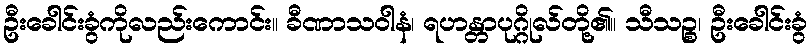
ဦးခေါင်းခွံကိုလည်းကောင်း။ ခီဏာသဝါနံ၊ ရဟန္တာပုဂ္ဂိုလ်တို့၏။ သီသဉ္စ၊ ဦးခေါင်းခွံ